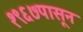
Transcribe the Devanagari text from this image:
१९६७पासून